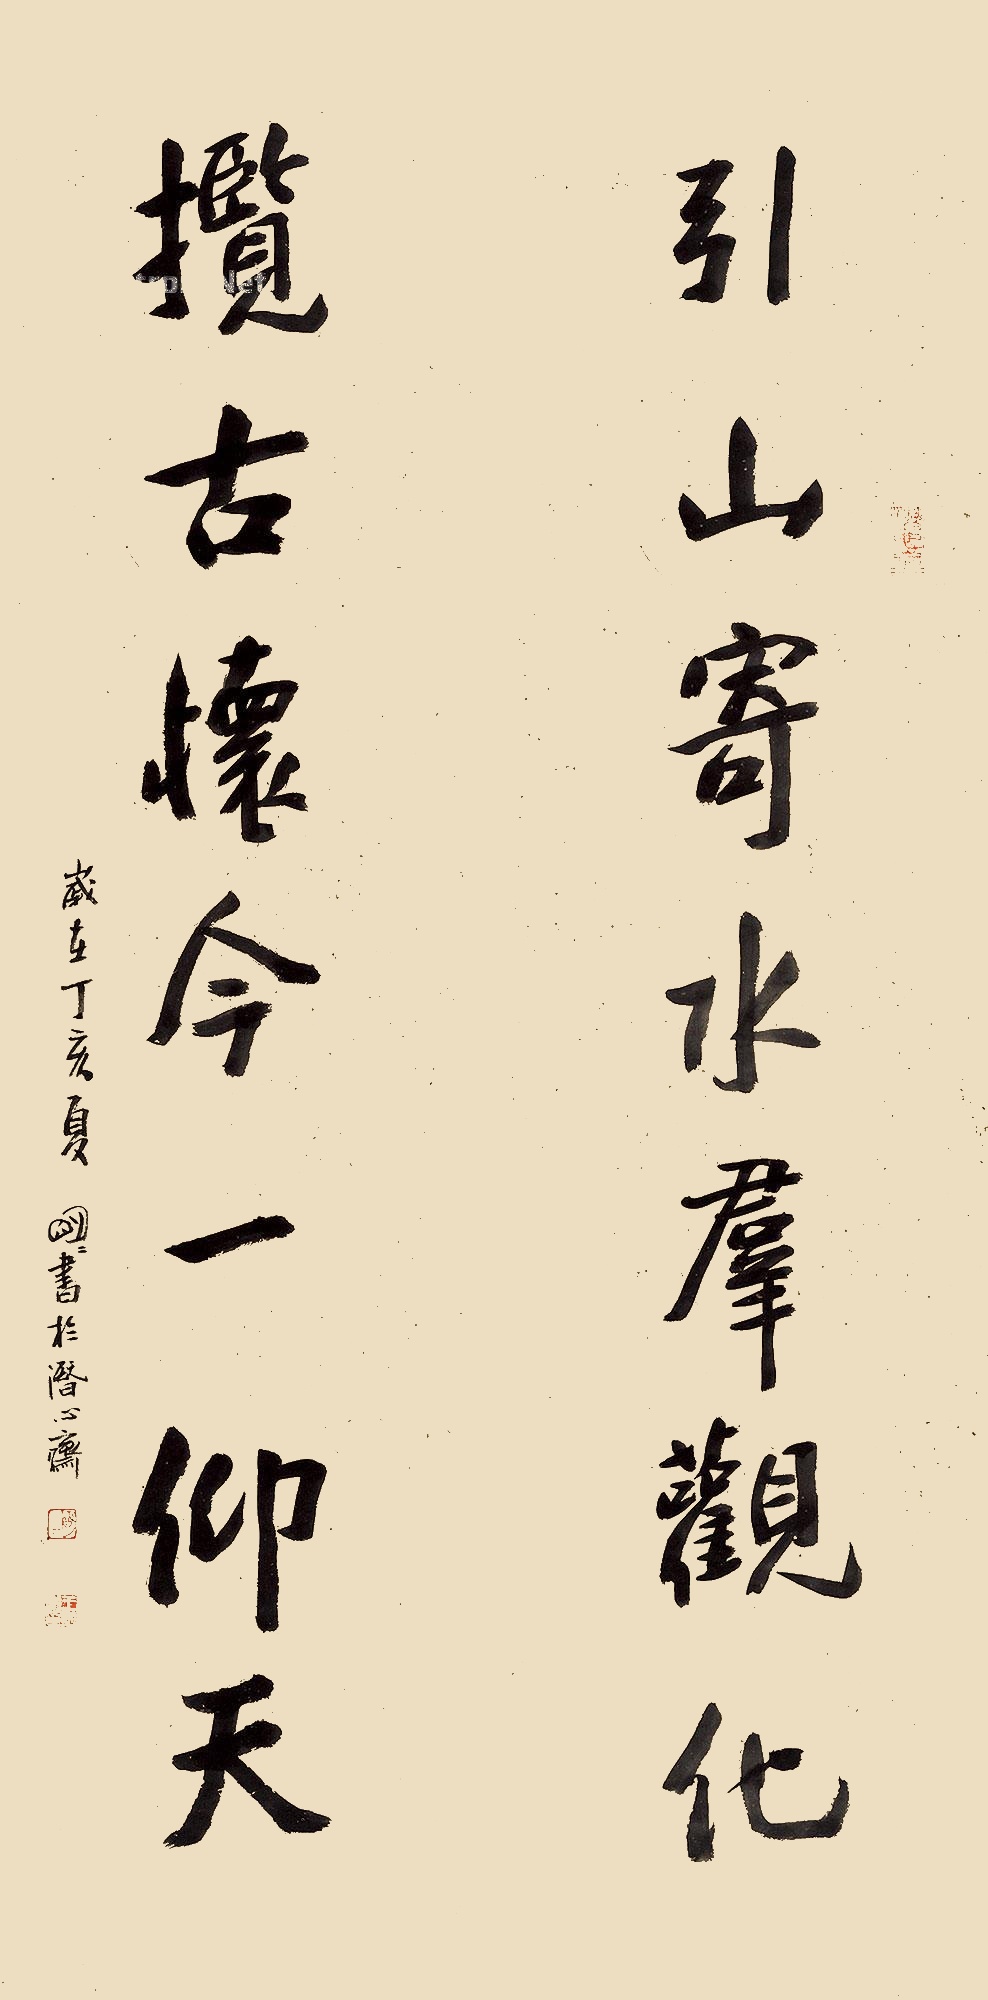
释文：引山寄水群观化，揽古怀今一仰天。岁在丁亥夏，明明书于潜心斋。